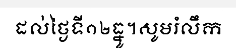
ដល់ថ្ងៃទី១២ធ្នូ។សូមរំលឹក